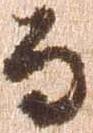
る